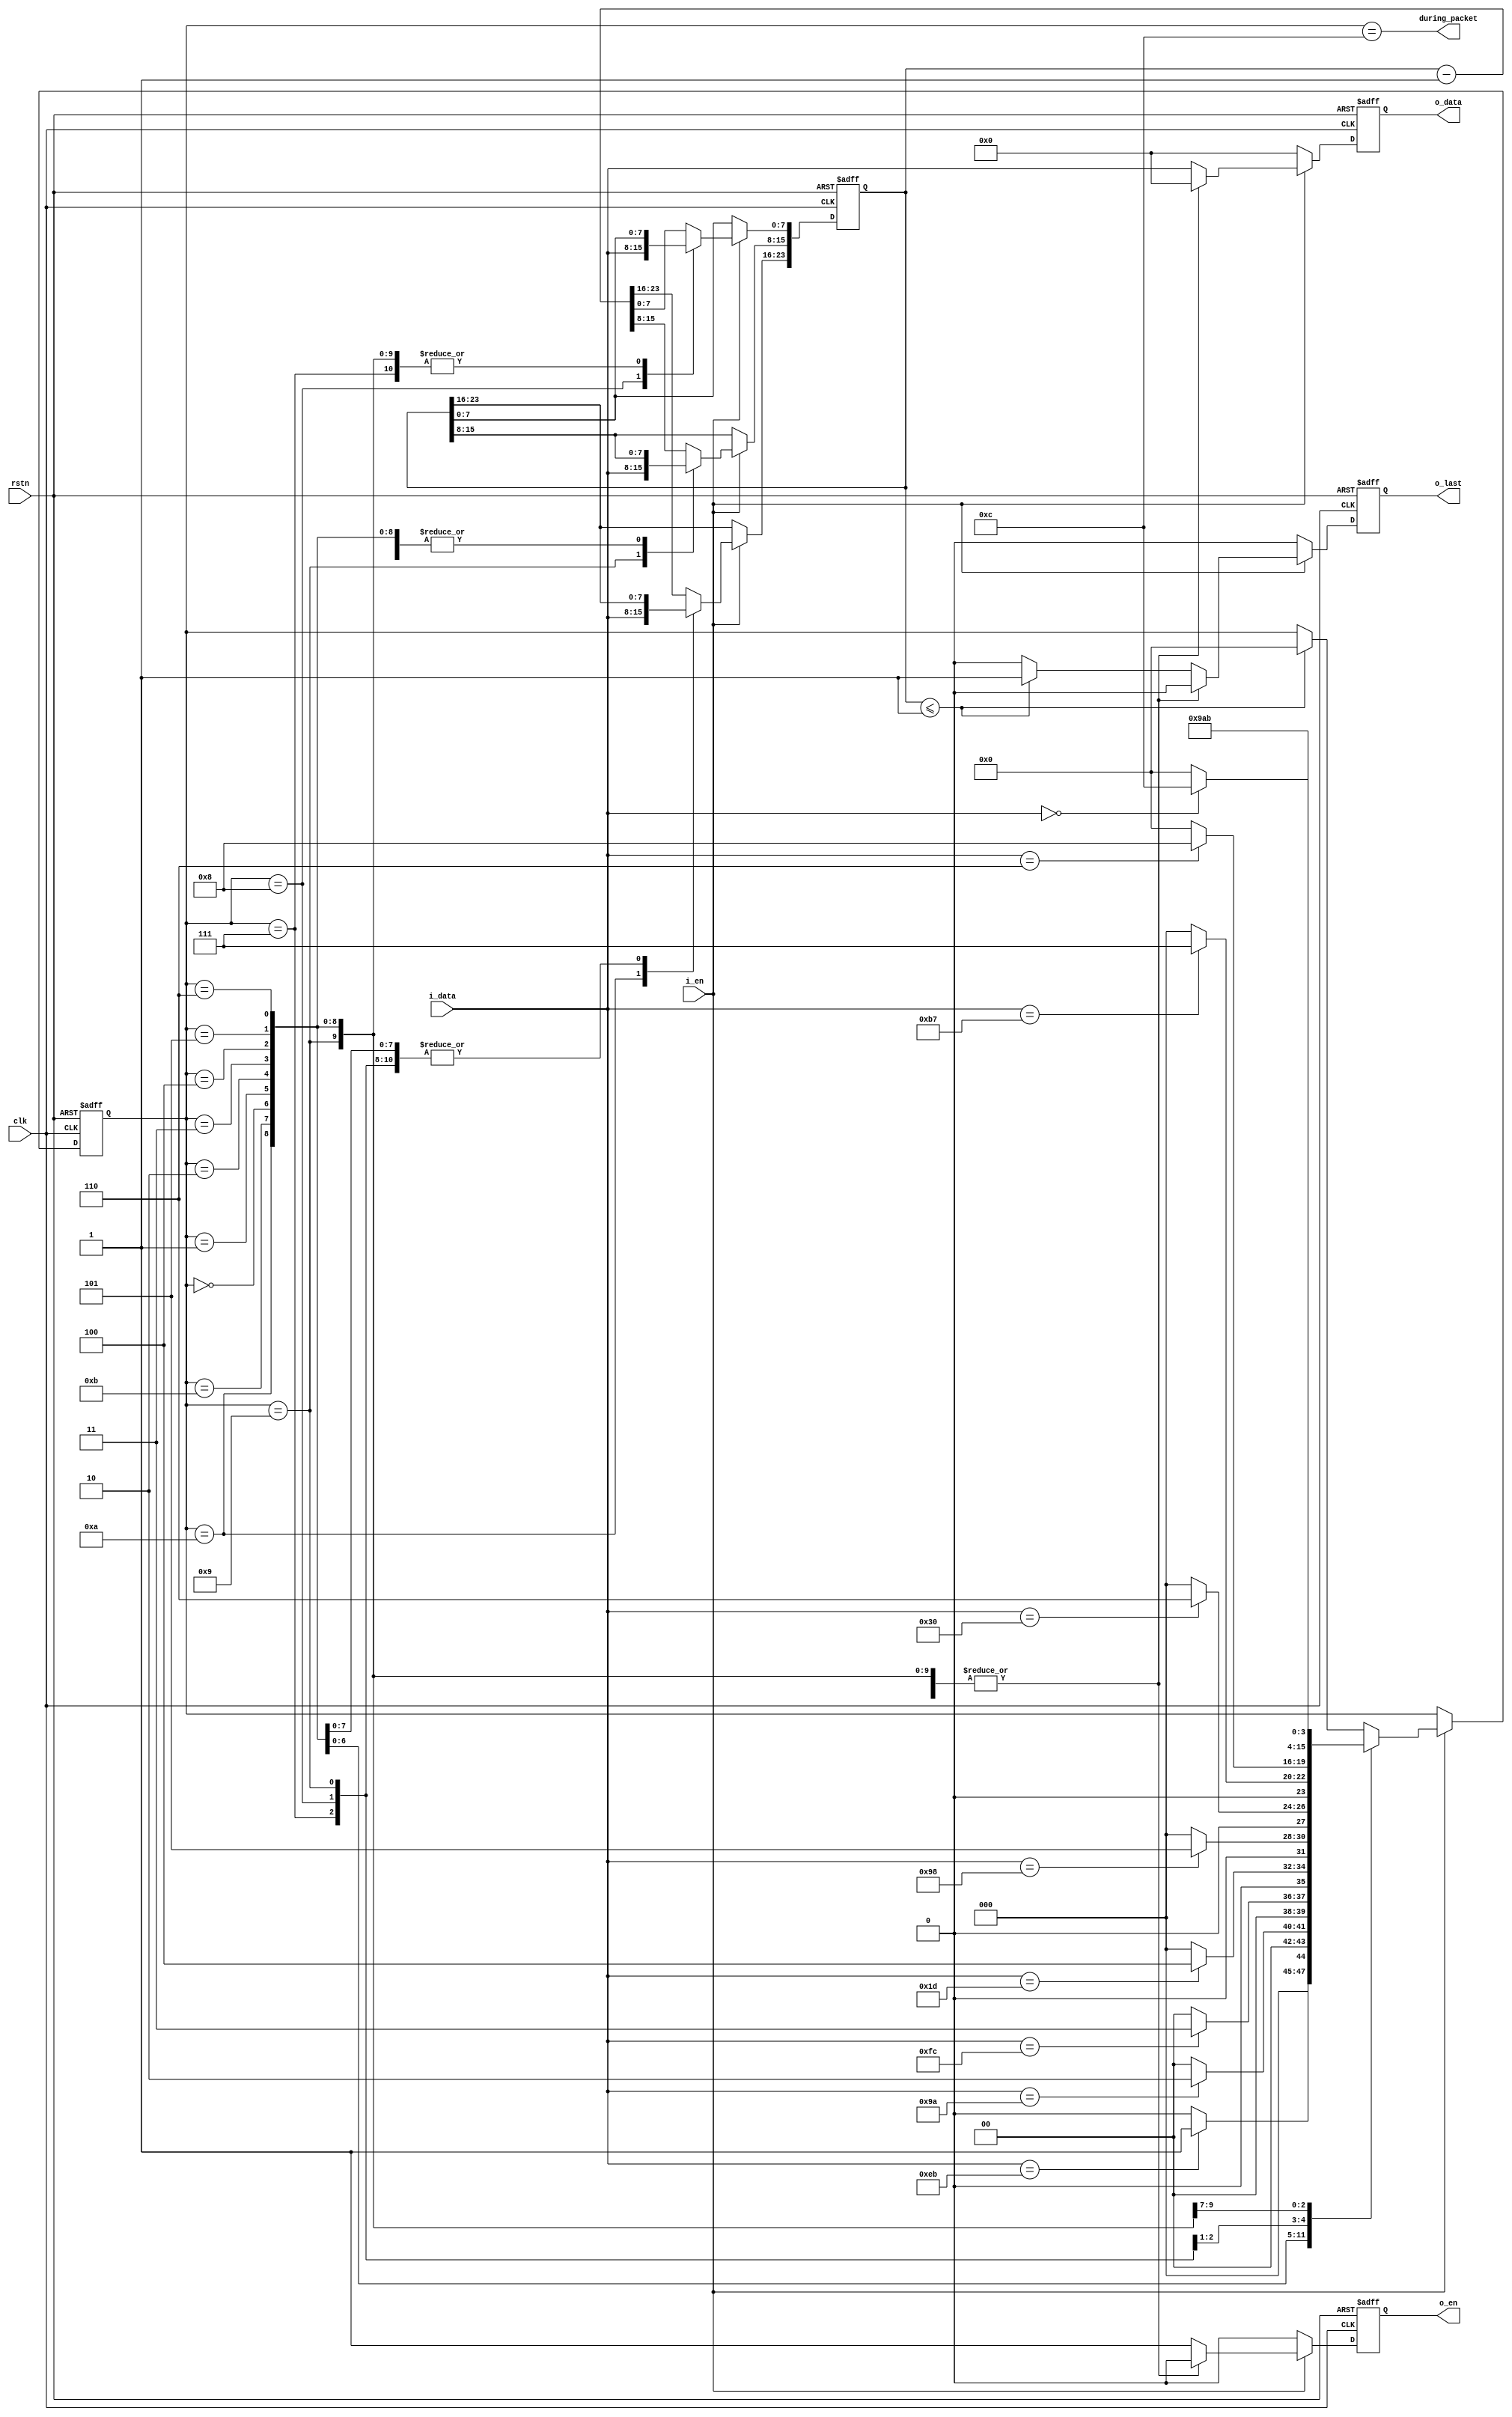

module rx_parse_packet (
    input  wire        rstn,
    input  wire        clk,
    input  wire        i_en,
    input  wire [ 7:0] i_data,
    output reg         o_en,
    output reg  [ 7:0] o_data,
    output reg         o_last,
    output wire        during_packet
);


initial o_en   = 1'b0;
initial o_data = 8'b0;
initial o_last = 1'b0;


localparam [3:0] HDR_0 = 0,
                 HDR_1 = 1,
                 HDR_2 = 2,
                 HDR_3 = 3,
                 HDR_4 = 4,
                 HDR_5 = 5,
                 HDR_6 = 6,
                 HDR_7 = 7,
                 LEN_0 = 8,
                 LEN_1 = 9,
                 LEN_2 = 10,
                 ZERO  = 11,
                 DATA  = 12;

reg [ 3:0] state = HDR_0;

assign during_packet = (state == DATA);

reg [23:0] pkt_len = 24'h0;

always @ (posedge clk or negedge rstn)
    if (~rstn) begin
        state   <= HDR_0;
        pkt_len <= 24'h0;
        o_en   <= 1'b0;
        o_data <= 8'b0;
        o_last <= 1'b0;
    end else begin
        o_en   <= 1'b0;
        o_data <= 8'b0;
        o_last <= 1'b0;
        if (i_en) begin
            case (state)
                HDR_0 :
                    state <= (i_data==8'hEB) ? HDR_1 : HDR_0;
                HDR_1 :
                    state <= (i_data==8'h9A) ? HDR_2 : HDR_0;
                HDR_2 :
                    state <= (i_data==8'hFC) ? HDR_3 : HDR_0;
                HDR_3 :
                    state <= (i_data==8'h1D) ? HDR_4 : HDR_0;
                HDR_4 :
                    state <= (i_data==8'h98) ? HDR_5 : HDR_0;
                HDR_5 :
                    state <= (i_data==8'h30) ? HDR_6 : HDR_0;
                HDR_6 :
                    state <= (i_data==8'hB7) ? HDR_7 : HDR_0;
                HDR_7 :
                    state <= (i_data==8'h06) ? LEN_0 : HDR_0;
                LEN_0 : begin
                    state <= LEN_1;
                    pkt_len[ 7: 0] <= i_data;
                end
                LEN_1 : begin
                    state <= LEN_2;
                    pkt_len[15: 8] <= i_data;
                end
                LEN_2 : begin
                    state <= ZERO ;
                    pkt_len[23:16] <= i_data;
                end
                ZERO  :
                    state <= (i_data==8'h00) ? DATA  : HDR_0;
                default : begin // DATA :
                    pkt_len <= pkt_len - 24'd1;
                    o_en   <= 1'b1;
                    o_data <= i_data;
                    if (pkt_len <= 24'd1) begin
                        o_last <= 1'b1;
                        state <= HDR_0;
                    end
                end
            endcase
        end
    end


endmodule